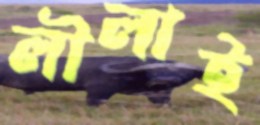
লীলাই